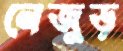
নেজুড়